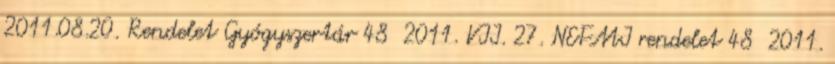
2011.08.20. Rendelet Gyógyszertár 48 2011. VII. 27. NEFMI rendelet 48 2011.